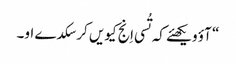
‏“‏ آؤ ویکھئے کہ تُسی اِنج کیویں کر سکدے او۔